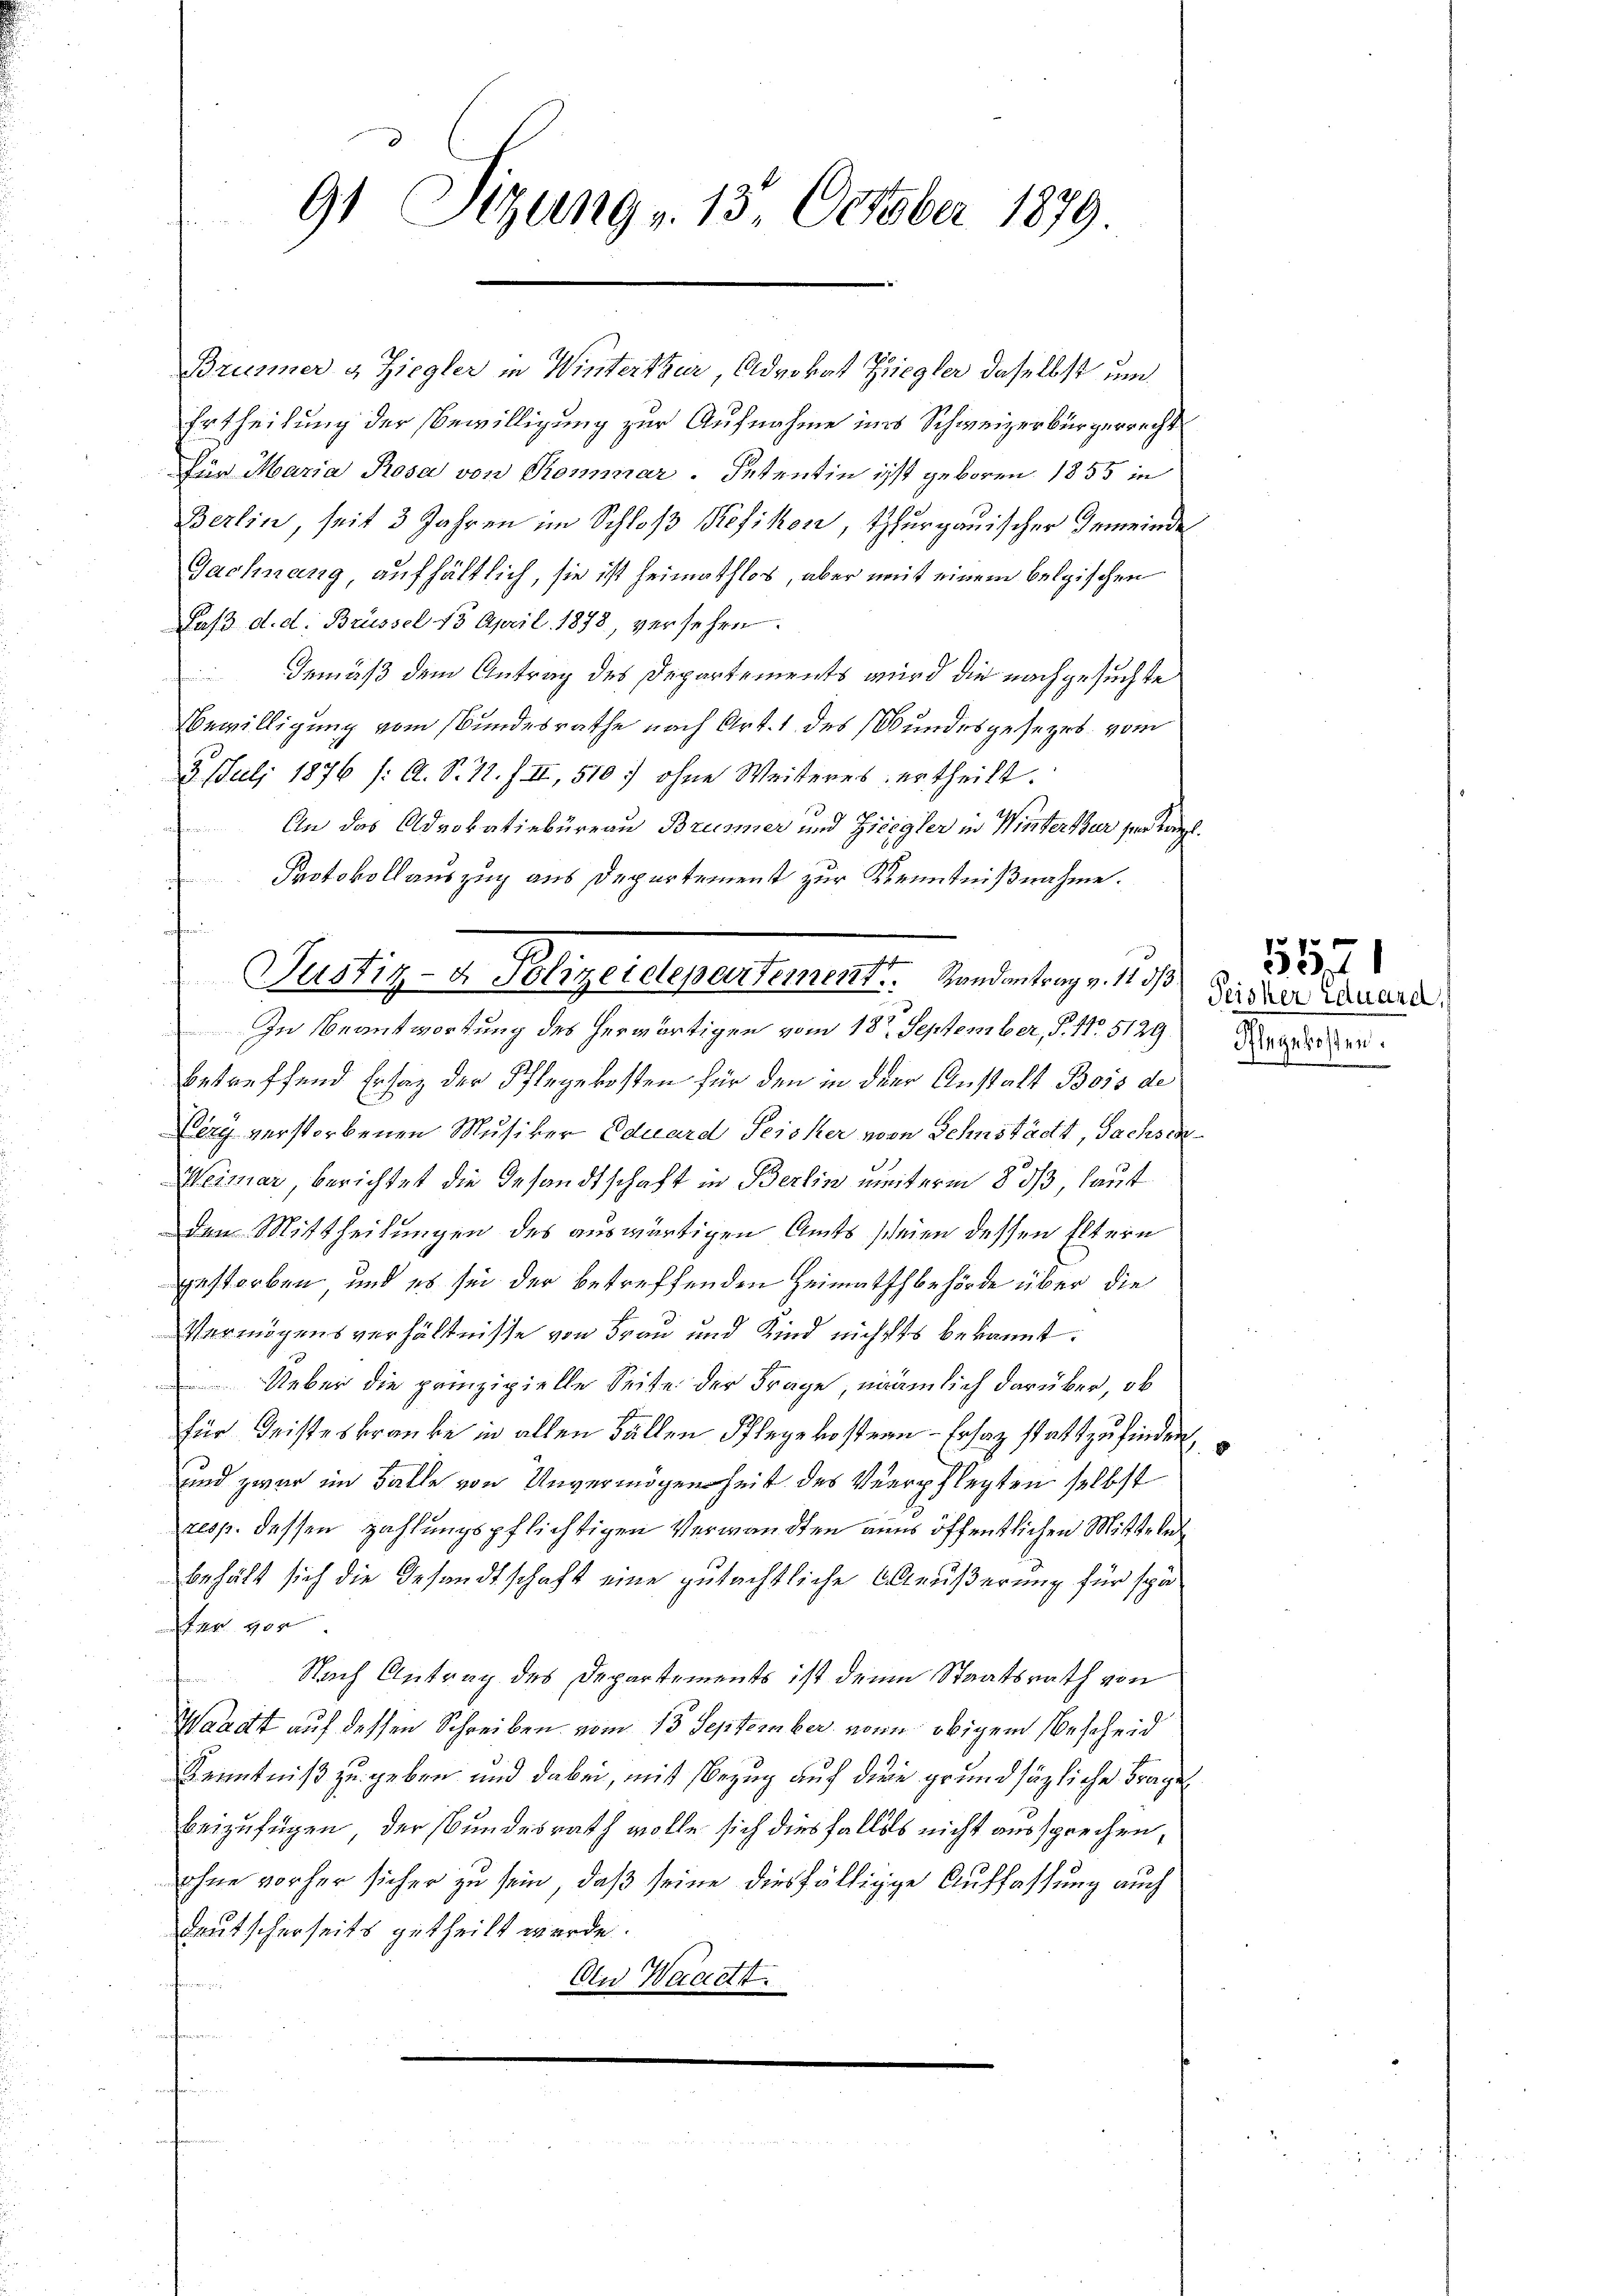
91 Sizung v. 13. October 1879.

Brümmer & Ziegler in Winterthur, Advokat Ziegler daselbst um
Ertheilung der Bewilligung zur Aufnahme ins Schweizerbürgerrecht
Für Maria Rosa von Rommar. Petentin ist geboren 1855 in
Berlin, seit 3 Jahren im Schloß Kefikon, Thurgauischer Gemeinde
Gachnang, aufhältlich, sie ist heimathlos, aber mit einem belgischen
Jass d. d. Brüssel 15 April 1878, versehen.
Gemäß dem Antrag des Departements wird die nachgesuchte
Bewilligung vom Bundesrathe nach Art. 1 des Bundesgesezes vom
3. Juli 1876 /: A. S. 12. f. II, 510. ohne Weiteres ertheilt.
An das Advokatinbüreau Brünner und Ziegler in Winterthur sein Karl.
Protokollauszug aus Departement zur Kenntnißnahme.
In Beantwortung des herwärtigen vom 18ten September, S. Nr. 5129) Dieser
betreffend Ersatz der Pflegekosten für den in der Anstalt Bois de
Lery verstorbenen Musiker Eduard Peisker von Sehnstädt, Sachsen
Weimar, berichtet die Gesandtschaft in Berlin unterm 8. ds, laut
den Mittheilungen des auswärtigen Amts scheien dessen Eltern
gestorben, und es sei der betreffenden Heimathbehörde über die
Vermögensverhältnisse von Frau und Kind nichts bekannt:
Ueber die prinzipielle Seite der Frage, nämlich darüber, ob
für Geisteskranke in allen Fällen Pflegekostern - Ersatz stattzufinden,
und zwar im Balle von Unvermögenheit des Verpflegten selbst
resp. dessen Zahlungspflichtigen Verwandten aus öffentlichen Mitteln
behält sich die Gesandtschaft eine gutächtliche Aeußerung für späfer 900
Nach Antrag des Departements ist denn Staatsrath von
Waadt auf dessen Schreiben vom 13. September von obigem Bescheid
Kenntniß zu geben und dabei, mit Bezug auf dere grundsätzliche Frage
beizufügen, der Bundesrath wolle sich diesfalles nicht aussprechen,
ohne vorher sicher zu sein, daß seine diesfällige Auffassung auch
deutscherseits getheilt werde.
An Waadt.
f

rahmun
d
.
Justiz- & Polizeidepartement. Randantrag v. 11 d

Teisher Eduard, s

1851